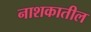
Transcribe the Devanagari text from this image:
नाशकातील